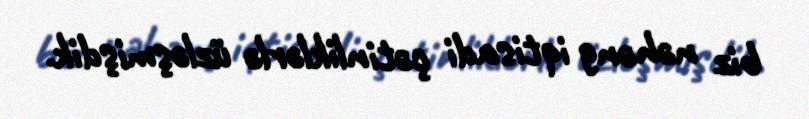
biz nəhəng iqtisadi çətinliklərlə üzləşmişdik.